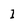
Character: I